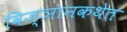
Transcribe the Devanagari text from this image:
विज्ञानकथेत